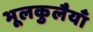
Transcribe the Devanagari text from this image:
भूलकुलैयाँ